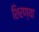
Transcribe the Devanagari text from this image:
शिरण्या